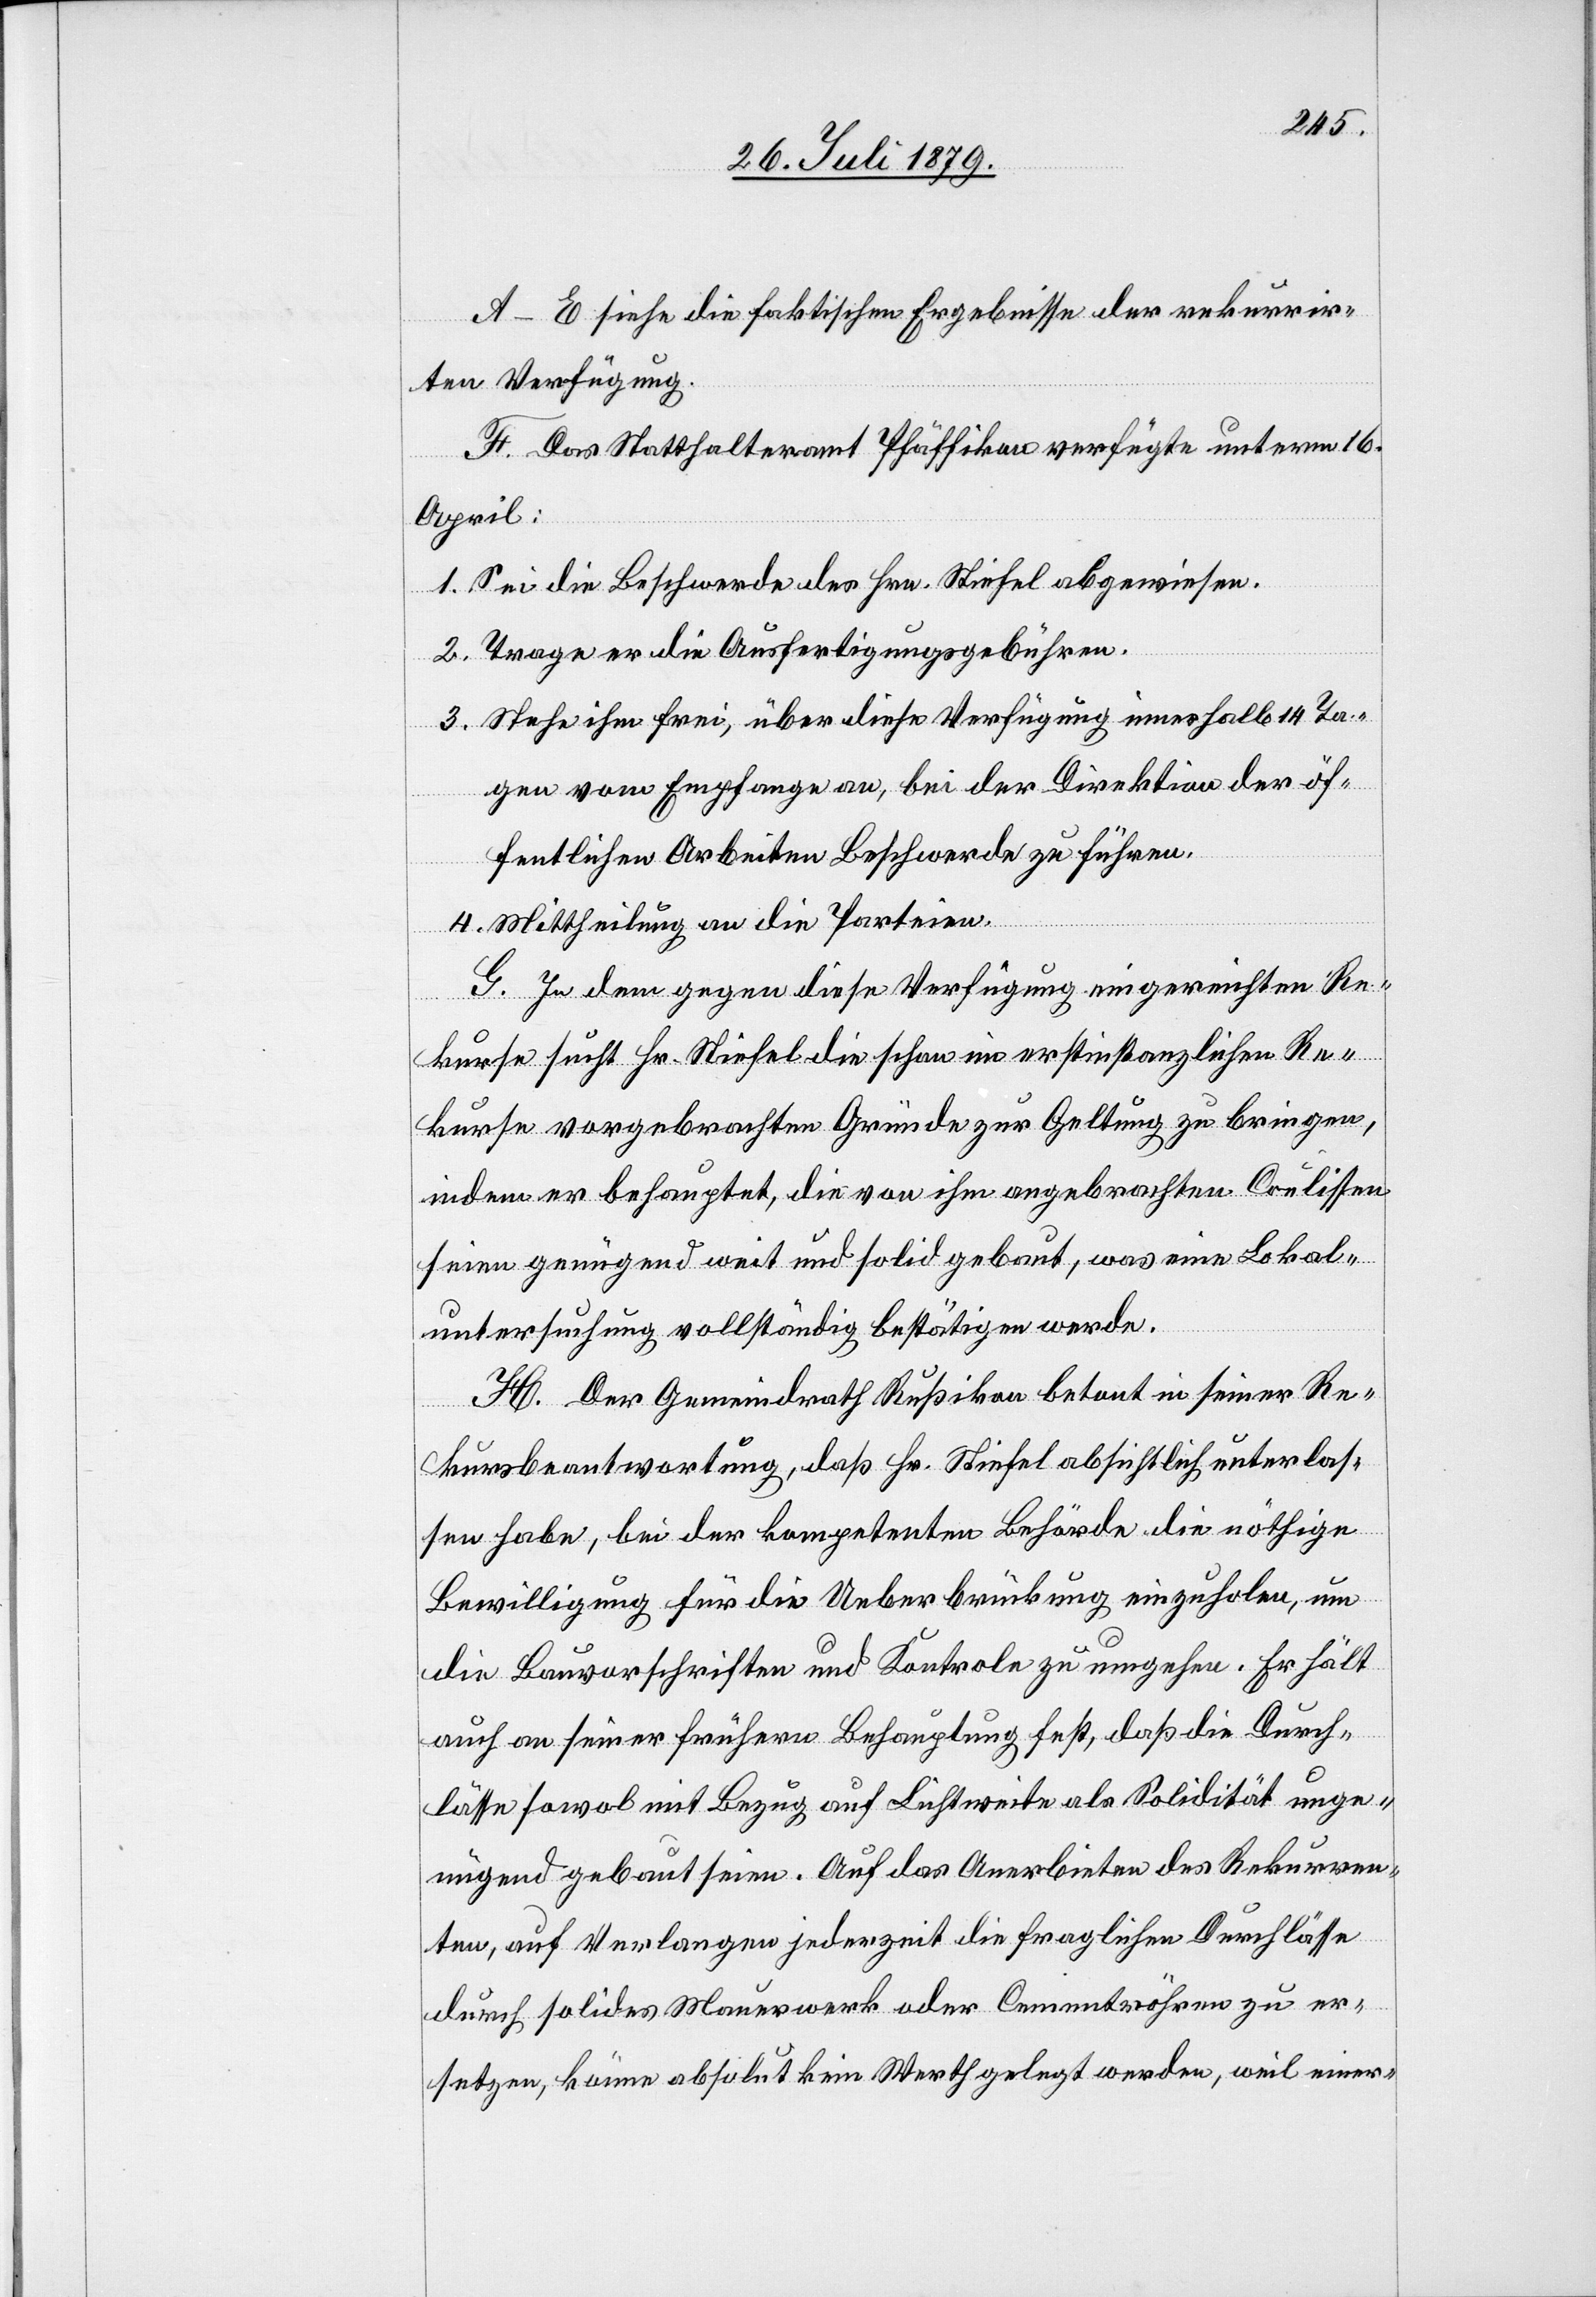
A–E siehe die faktischen Ergebnisse der rekurrir¬
ten Verfügung.
F. Das Statthalteramt Pfäffikon verfügte unterm 16.
April:
1. Sei die Beschwerde des Hrn. Stiefel abgewiesen.
2. Trage er die Ausfertigungsgebühren.
3. Stehe ihm frei, über diese Verfügung innerhalb 14 Ta¬
gen vom Empfange an, bei der Direktion der öf¬
fentlichen Arbeiten Beschwerde zu führen.
4. Mittheilung an die Parteien.
G. In dem gegen diese Verfügung eingereichten Re¬
kurse sucht Hr. Stiefel die schon im erstinstanzlichen Re¬
kurse vorgebrachten Gründe zur Geltung zu bringen,
indem er behauptet, die von ihm angebrachten Coulissen
seien genügend weit und solid gebaut, was eine Lokal¬
untersuchung vollständig bestätigen werde.
H. Der Gemeindrath Rußikon betont in seiner Re¬
kursbeantwortung, daß Hr. Stiefel absichtlich unterlas¬
sen habe, bei der kompetenten Behörde die nöthige
Bewilligung für die Ueberbrückung einzuholen, um
die Bauvorschriften und Kontrole zu umgehen. Er hält
auch an seiner frühern Behauptung fest, daß die Durch¬
lässe sowol mit Bezug auf Lichtweite als Solidität unge¬
nügend gebaut seien. Auf das Anerbieten des Rekurren¬
ten, auf Verlangen jederzeit die fraglichen Durchlässe
durch solides Mauerwerk oder Cementröhren zu er¬
setzen, könne absolut kein Werth gelegt werden, weil einer-